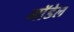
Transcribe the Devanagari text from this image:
माॅडेल